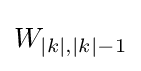
W_{|k|,|k|-1}